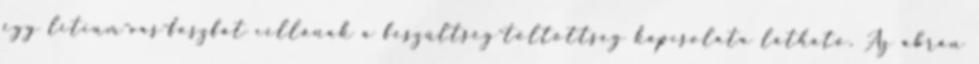
egy lítium-vas-foszfát cellának a feszültség-töltöttség kapcsolata látható. Az ábrán